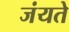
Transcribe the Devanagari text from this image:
जंयते